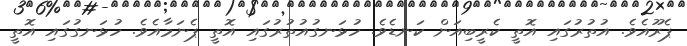
ޕެރޫއެވެ. އުތުރުގައި އޮތީ ކެރީބިއަން ކަނޑެވެ. ހުޅަނގުއުތުރުގައި އޮތީ ޕެނަމާއެވެ. ހުޅަނގުގައި އޮތީ